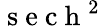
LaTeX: \mathrm{~s~e~c~h~}^{2}